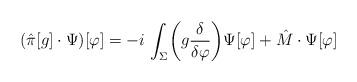
LaTeX: \begin{align*} (\hat{\pi}[g]\cdot \Psi)[\varphi]=-i\,\int_{\Sigma} \biggl(g {{\delta}\over{\delta \varphi}} \biggr)\Psi[\varphi] + \hat{M}\cdot \Psi[\varphi]\end{align*}